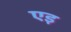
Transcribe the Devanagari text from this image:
एइ